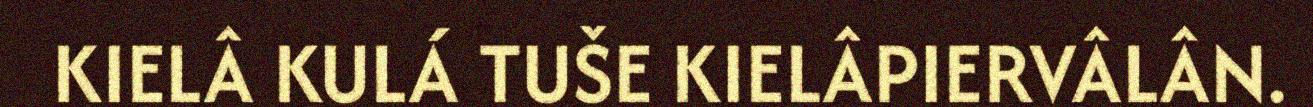
KIELÂ KULÁ TUŠE KIELÂPIERVÂLÂN.